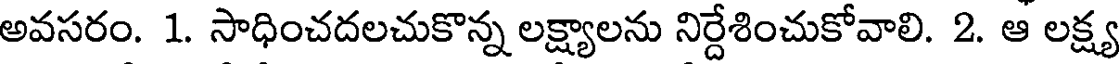
అవసరం. 1. సాధించదలచుకొన్న లక్ష్యాలను నిర్దేశించుకోవాలి. 2. ఆ లక్ష్య